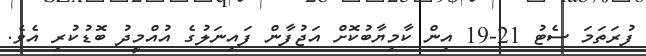
ފުރަތަމަ ސެޓު 21-19 އިން ކާމިޔާބުކޮށް އަޖުފާން ފައިނަލުގެ އުއްމީދު ބޮޑުކުރި އެވެ.